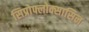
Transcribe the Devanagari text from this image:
सिप्रोफ्लोक्सासिन